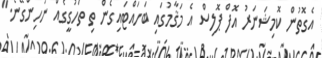
އެގޮތުން ކޮމިޝަނަރު އޮފް ޕޮލިސް އެ މަޤާމުގައި ބަހައްޓައިގެން ތި ތަހުގީގެއް ނުހިންގޭނެ."